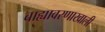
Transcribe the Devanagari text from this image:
बाह्यावरणाखाली